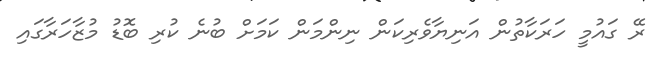
ރޭ ގައުމީ ހަރަކާތުން އަނިޔާވެރިކަން ނިންމަން ކަމަށް ބުނެ ކުރި ބޮޑު މުޒާހަރާގައި